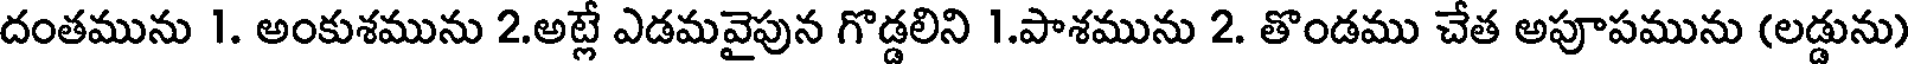
దంతమును 1. అంకుశమును 2.అట్లే ఎడమవైపున గొడ్డలిని 1.పాశమును 2. తొండము చేత అపూపమును (లడ్డును)